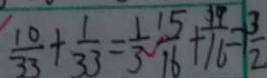
\frac { 1 0 } { 3 3 } + \frac { 1 } { 3 3 } = \frac { 1 } { 3 } \frac { 1 5 } { 1 6 } + \frac { 1 9 } { 1 6 } = \frac { 3 } { 2 }